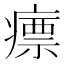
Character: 瘭